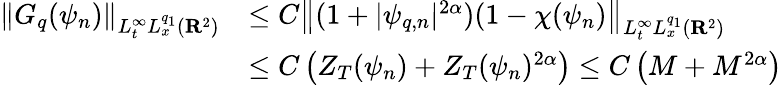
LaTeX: \begin{array}{rl}{\left\| G_{q}(\psi_{n})\right\| _{L_{t}^{\infty}L_{x}^{q_{1}}({\mathbf R}^{2})}}&{\leq C\left\| (1+|\psi_{q,n}|^{2\alpha})(1-\chi(\psi_{n})\right\| _{L_{t}^{\infty}L_{x}^{q_{1}}({\mathbf R}^{2})}}\\ &{\leq C\left({Z_{T}(\psi_{n})}+Z_{T}(\psi_{n})^{2\alpha}\right)\leq C\left({M}+M^{2\alpha}\right)}\end{array}